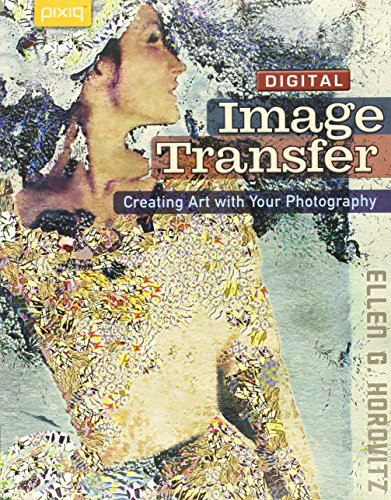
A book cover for Digital Image Transfer: Creating Art with Your Photography; Ellen G. Horovitz; Crafts, Hobbies & Home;